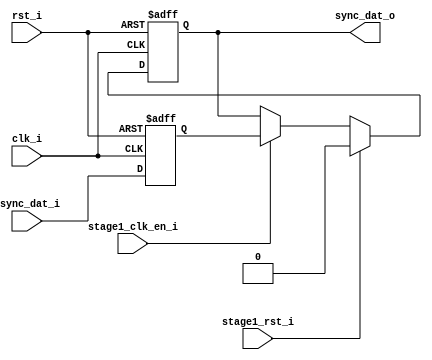
module uart_sync_flops
(
  // internal signals
  rst_i,
  clk_i,
  stage1_rst_i,
  stage1_clk_en_i,
  async_dat_i,
  sync_dat_o
);

parameter Tp            = 1;
parameter width         = 1;
parameter init_value    = 1'b0;

input                           rst_i;                  // reset input
input                           clk_i;                  // clock input
input                           stage1_rst_i;           // synchronous reset for stage 1 FF
input                           stage1_clk_en_i;        // synchronous clock enable for stage 1 FF
input   [width-1:0]             async_dat_i;            // asynchronous data input
output  [width-1:0]             sync_dat_o;             // synchronous data output


//
// Interal signal declarations
//

reg     [width-1:0]             sync_dat_o;
reg     [width-1:0]             flop_0;


// first stage
always @ (posedge clk_i or posedge rst_i)
begin
    if (rst_i)
        flop_0 <= #Tp {width{init_value}};
    else
        flop_0 <= #Tp async_dat_i;    
end

// second stage
always @ (posedge clk_i or posedge rst_i)
begin
    if (rst_i)
        sync_dat_o <= #Tp {width{init_value}};
    else if (stage1_rst_i)
        sync_dat_o <= #Tp {width{init_value}};
    else if (stage1_clk_en_i)
        sync_dat_o <= #Tp flop_0;       
end

endmodule